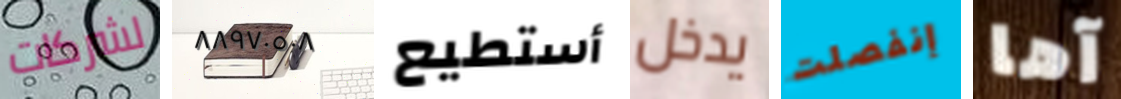
لشركات ٨٨٩٧٠٥٠٨ أستطيع يدخل إنفصلت آها